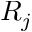
R _ { j }